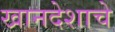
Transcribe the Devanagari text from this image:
खानदेशाचे